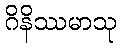
ဂိနိဿမာသု